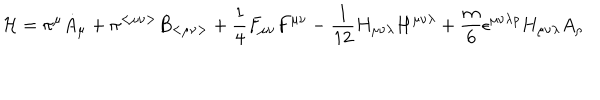
{ \cal H } = \pi ^ { \mu } { \dot { A } } _ { \mu } + \pi ^ { < \mu \nu > } { \dot { B } } _ { < \mu \nu > } + \frac { 1 } { 4 } F _ { \mu \nu } F ^ { \mu \nu } - \frac { 1 } { 1 2 } H _ { \mu \nu \lambda } H ^ { \mu \nu \lambda } + \frac { m } { 6 } \epsilon ^ { \mu \nu \lambda \rho } H _ { \mu \nu \lambda } A _ { \rho }